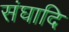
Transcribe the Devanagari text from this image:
संघादि